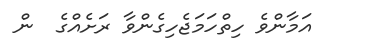
އަމާންވެ ހިތްހަމަޖެހިގެންވާ ރަށެއްގެ  ން